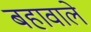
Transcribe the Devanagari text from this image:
बहावाले